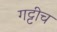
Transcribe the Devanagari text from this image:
गट्टीच